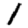
Digit: 1